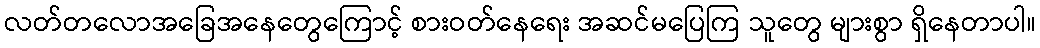
လတ်တလောအခြေအနေတွေကြောင့် စားဝတ်နေရေး အဆင်မပြေကြ သူတွေ များစွာ ရှိနေတာပါ။